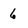
Character: 6